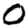
Digit: 0